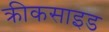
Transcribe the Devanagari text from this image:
क्रीकसाइड